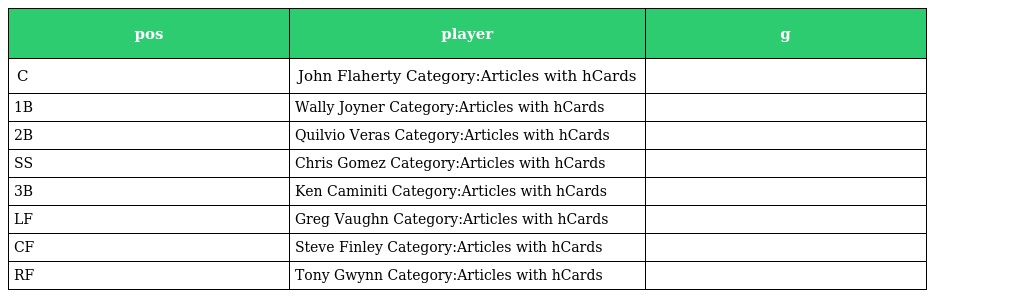
| pos | player | g |
 | --- | --- | --- |
 | C | John Flaherty Category:Articles with hCards |  |
 | 1B | Wally Joyner Category:Articles with hCards |  |
 | 2B | Quilvio Veras Category:Articles with hCards |  |
 | SS | Chris Gomez Category:Articles with hCards |  |
 | 3B | Ken Caminiti Category:Articles with hCards |  |
 | LF | Greg Vaughn Category:Articles with hCards |  |
 | CF | Steve Finley Category:Articles with hCards |  |
 | RF | Tony Gwynn Category:Articles with hCards |  |